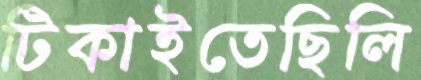
টিকাইতেছিলি